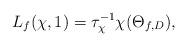
LaTeX: \begin{align*} L_f(\chi,1)=\tau_\chi^{-1} \chi(\Theta_{f,D}),\end{align*}